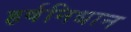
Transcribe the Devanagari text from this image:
हर्षनिधान